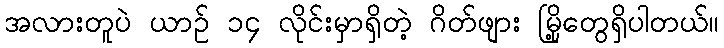
အလားတူပဲ ယာဉ် ၁၄ လိုင်းမှာရှိတဲ့ ဂိတ်ဖျား မြို့တွေရှိပါတယ်။